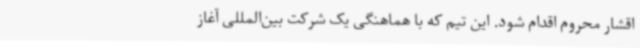
اقشار محروم اقدام شود. این تیم که با هماهنگی یک شرکت بین‌المللی آغاز